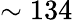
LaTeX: \sim 134